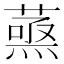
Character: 𮐹